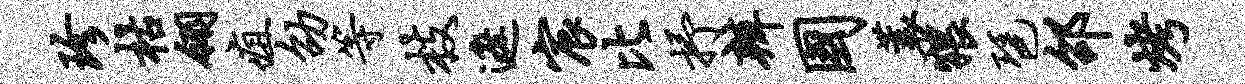
珍枯翎疽劭等枝遮宸比抒辨国蓑猥琶邵烤